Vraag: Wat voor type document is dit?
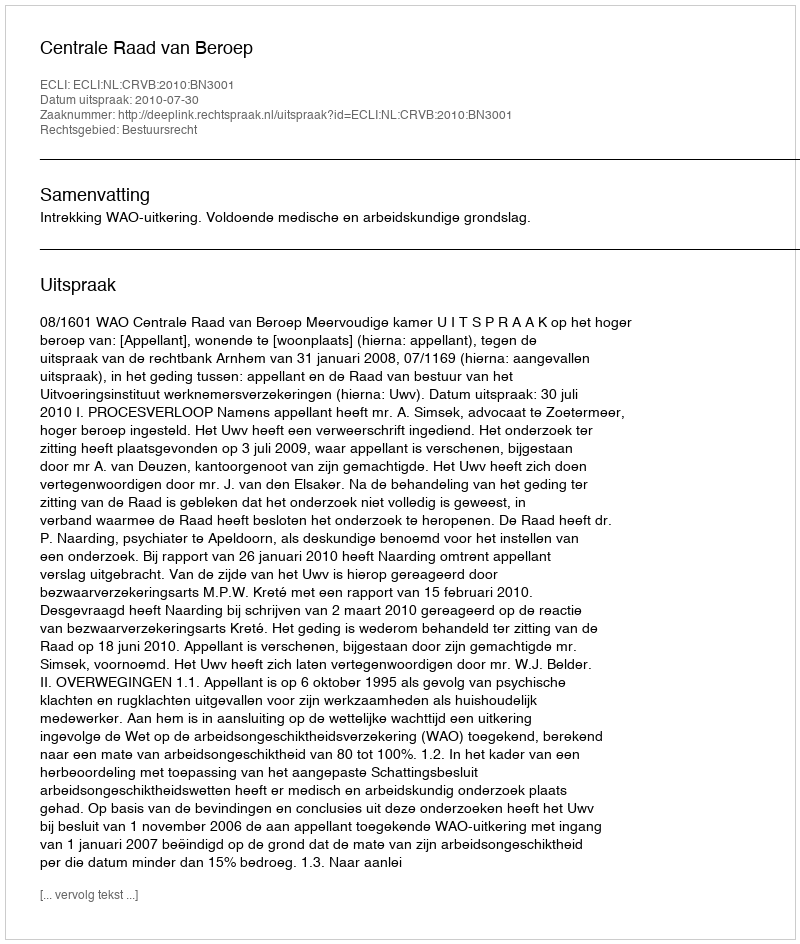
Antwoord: Uitspraak